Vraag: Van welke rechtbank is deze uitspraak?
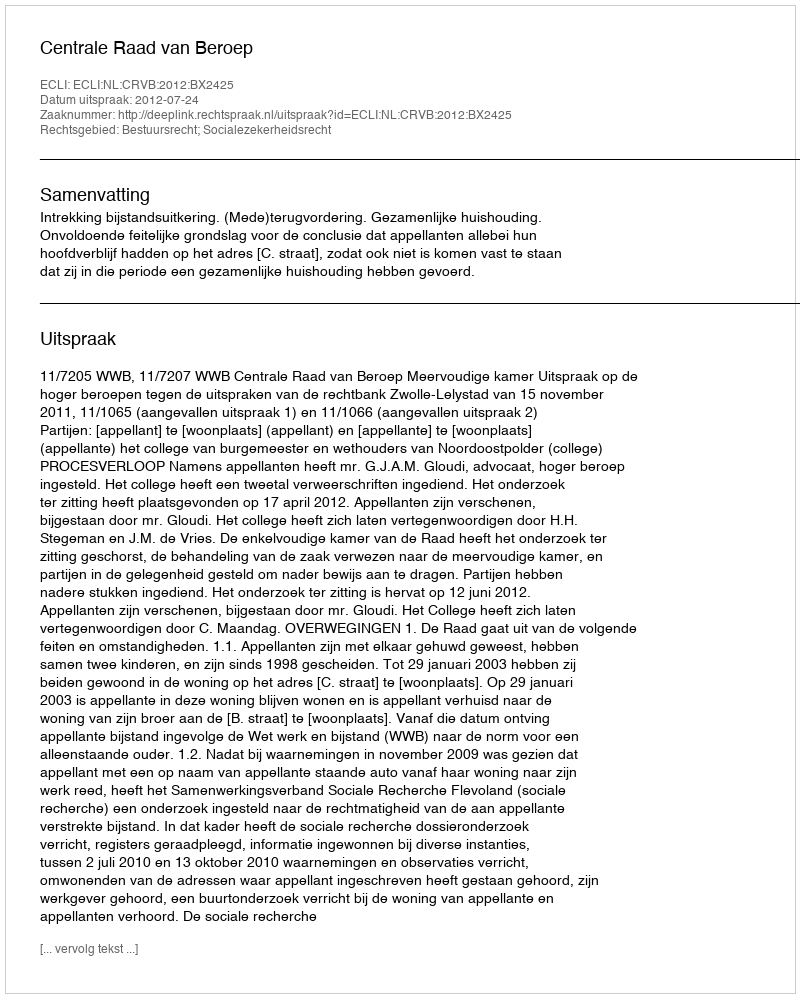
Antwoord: Centrale Raad van Beroep